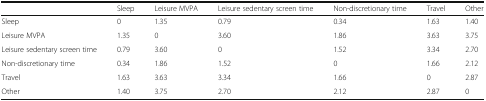
<table><thead><tr><td></td><td><b>Sleep</b></td><td><b>Leisure MVPA</b></td><td><b>Leisure sedentary screen time</b></td><td><b>Non-discretionary time</b></td><td><b>Travel</b></td><td><b>Other</b></td></tr></thead><tbody><tr><td>Sleep</td><td>0</td><td>1.35</td><td>0.79</td><td>0.34</td><td>1.63</td><td>1.40</td></tr><tr><td>Leisure MVPA</td><td>1.35</td><td>0</td><td>3.60</td><td>1.86</td><td>3.63</td><td>3.75</td></tr><tr><td>Leisure sedentary screen time</td><td>0.79</td><td>3.60</td><td>0</td><td>1.52</td><td>3.34</td><td>2.70</td></tr><tr><td>Non-discretionary time</td><td>0.34</td><td>1.86</td><td>1.52</td><td>0</td><td>1.66</td><td>2.12</td></tr><tr><td>Travel</td><td>1.63</td><td>3.63</td><td>3.34</td><td>1.66</td><td>0</td><td>2.87</td></tr><tr><td>Other</td><td>1.40</td><td>3.75</td><td>2.70</td><td>2.12</td><td>2.87</td><td>0</td></tr></tbody></table>